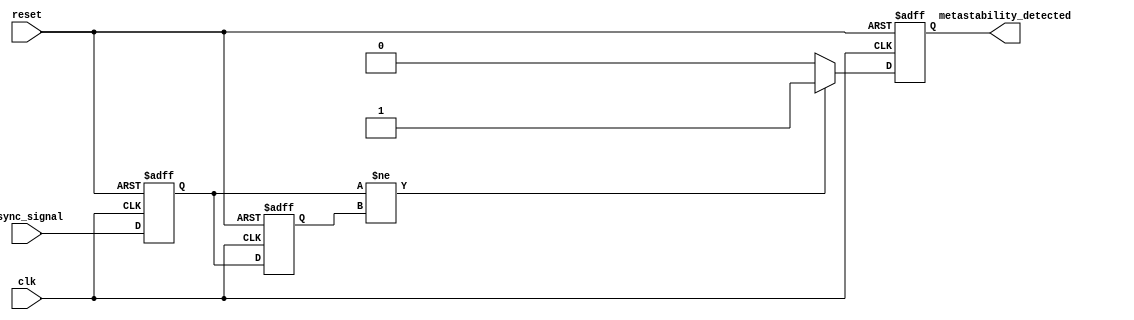
module metastability_detector (
    input wire clk,            // Clock signal
    input wire async_signal,   // Asynchronous input signal
    input wire reset,          // Reset signal
    output reg metastability_detected // Output signal indicating a metastable state
);

    reg ff1, ff2;  // Outputs of the flip-flops
    wire ff1_ff2_different; // Signal indicating when ff1 and ff2 are different

    // Sampling Flip-Flops
    always @(posedge clk or posedge reset) begin
        if (reset) begin
            ff1 <= 1'b0;
            ff2 <= 1'b0;
        end else begin
            ff1 <= async_signal; // Sample async signal into FF1
            ff2 <= ff1;          // Sample FF1 output into FF2
        end
    end

    // Detect when ff1 and ff2 outputs are different
    assign ff1_ff2_different = (ff1 != ff2);

    // Generate a short pulse when metastable condition is detected
    always @(posedge clk or posedge reset) begin
        if (reset) begin
            metastability_detected <= 1'b0; // Reset detected state
        end else begin
            if (ff1_ff2_different) begin
                metastability_detected <= 1'b1; // Indicate metastability
            end else begin
                metastability_detected <= 1'b0; // Clear the indication
            end
        end
    end

endmodule